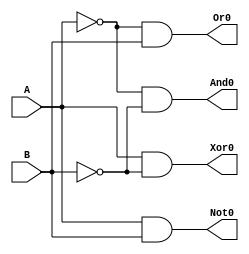
module Decoder(input A, B, output And0, Or0, Xor0, Not0);

wire And0;
wire Or0;
wire Xor0;
wire Not0;

assign And0 = ~A & ~B;
assign Or0 = ~A & B;
assign Xor0 = A & ~B;
assign Not0 = A & B;

endmodule